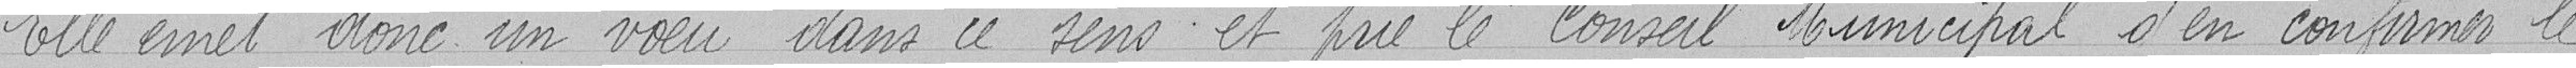
Elle émet donc un voeu dans ce sens et prie le Conseil Municipal d'en confirmer le